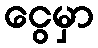
ငွေမှာ